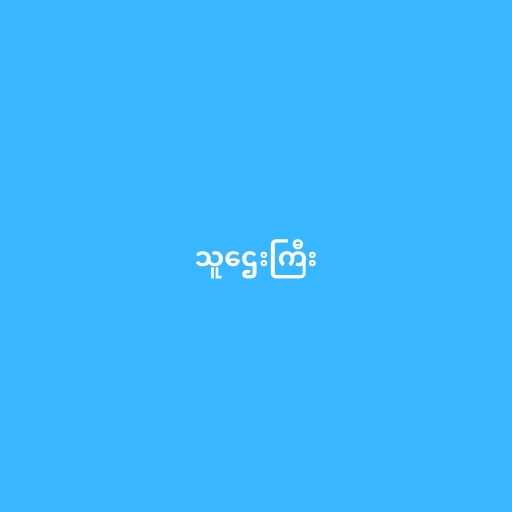
သူဌေးကြီး